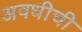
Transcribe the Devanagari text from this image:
अवधीची